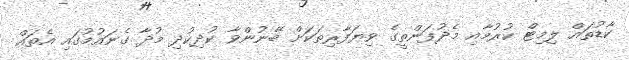
ކާޑުތައް ލިމިޓް ކުރުމާއި މެދުފަންތީގެ ވިޔަފާރިތަކަށް ބޭނުންވާ ކުދިކުދި މުދާ ގެނައުމުގައި އެތައް